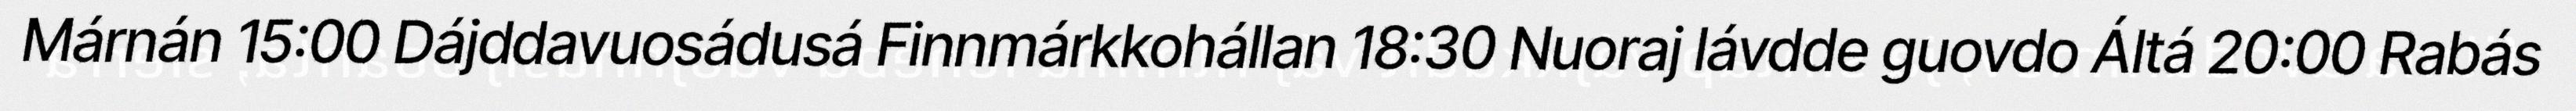
Márnán 15:00 Dájddavuosádusá Finnmárkkohállan 18:30 Nuoraj lávdde guovdo Áltá 20:00 Rabás